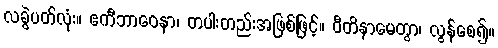
လခွဲပတ်လုံး။ ဧကီဘာဝေနာ၊ တပါးတည်းအဖြစ်ဖြင့်။ ဝီတိနာမေတွာ၊ လွန်စေ၍။